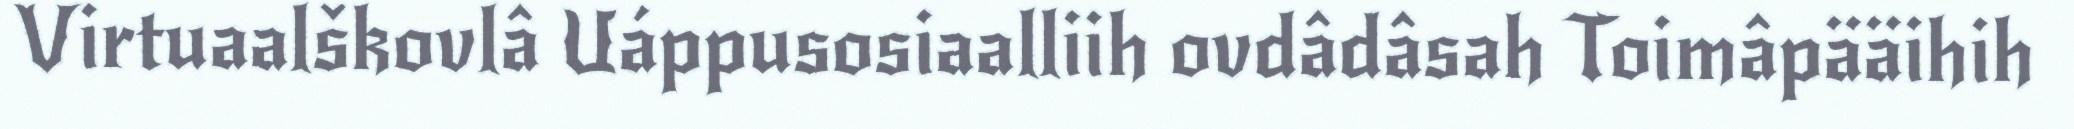
Virtuaalškovlâ Uáppusosiaalliih ovdâdâsah Toimâpääihih